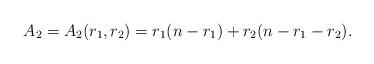
LaTeX: \begin{align*}A_2 = A_2(r_1,r_2) = r_1(n-r_1) + r_2(n-r_1-r_2).\end{align*}